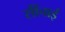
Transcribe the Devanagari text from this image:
सींचाई